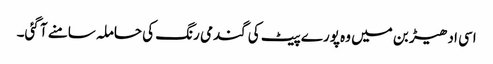
اسی ادھیڑ بن میں وہ پورے پیٹ کی گندمی رنگ کی حاملہ سامنے آ گئی۔